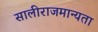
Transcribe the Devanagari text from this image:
सालीराजमान्यता